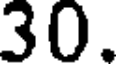
30.